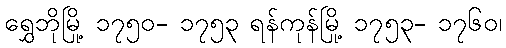
ရွှေဘိုမြို့ ၁၇၅၀- ၁၇၅၃ ရန်ကုန်မြို့ ၁၇၅၃- ၁၇၆၀၊